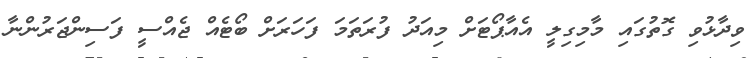
ވިދާޅުވި ގޮތުގައި މާމިގިލީ އެއާޕޯޓަށް މިއަދު ފުރަތަމަ ފަހަރަށް ބޯޓެއް ޖެއްސީ ފަސިންޖަރުންނާ